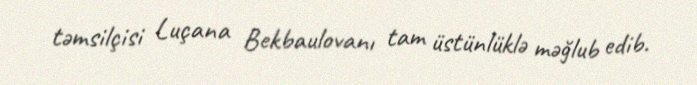
təmsilçisi Luçana Bekbaulovanı tam üstünlüklə məğlub edib.